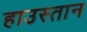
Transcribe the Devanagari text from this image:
हाउस्तान